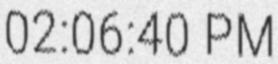
02:06:40 PM